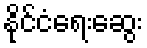
နိုင်ငံရေးဆွေး